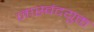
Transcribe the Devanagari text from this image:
जास्वंदयुक्त